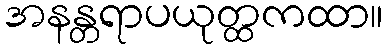
အနန္တရာပယုတ္ထကထာ။